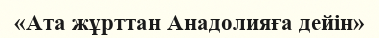
«Ата жұрттан Анадолияға дейін»